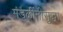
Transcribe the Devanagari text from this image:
मंडळींनीसुद्धा